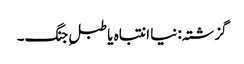
گزشتہ: نیا انتباہ یا طبلِ جنگ۔